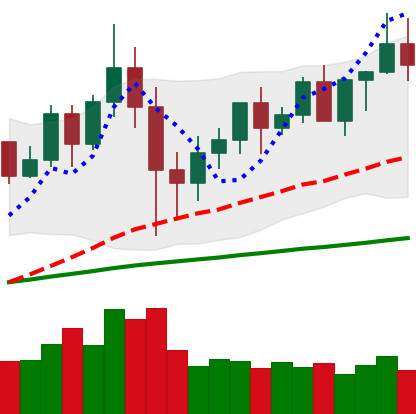
Ticker: XMR-USD
Chart end date: 2020-12-08
Forward return: 11.936%
Label: up_7plus